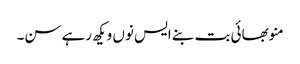
منو بھائی بت بنے ایس نوں ویکھ رہے سن۔